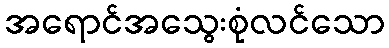
အရောင်အသွေးစုံလင်သော